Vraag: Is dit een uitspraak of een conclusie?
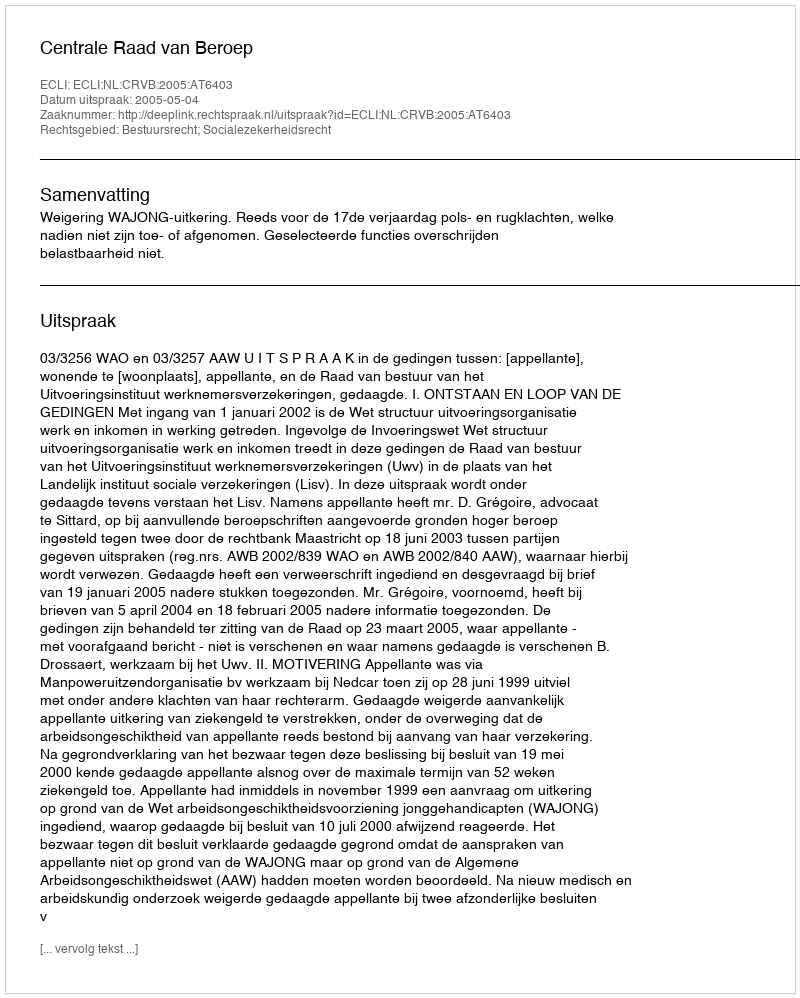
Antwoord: Uitspraak